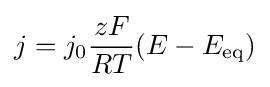
j=j_{0}{\frac {zF}{RT}}(E-E_{\rm {eq}})